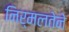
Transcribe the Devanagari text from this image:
निर्मलतेने